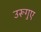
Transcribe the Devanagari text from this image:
उरूगुए